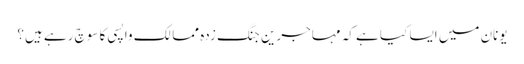
یونان میں ایسا کیا ہے کہ مہاجرین جنگ زدہ ممالک واپسی کا سوچ رہے ہیں؟